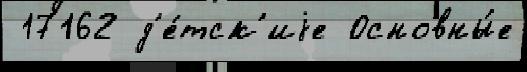
 17162 д'е́тск'иjе Основны́е